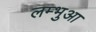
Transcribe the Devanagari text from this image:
लम्‍भुआ